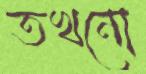
তখনো